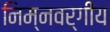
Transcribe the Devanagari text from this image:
निम्‍नवर्गीय